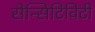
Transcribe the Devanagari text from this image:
सेन्सिटिविटी